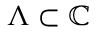
\Lambda \subset \mathbb { C }